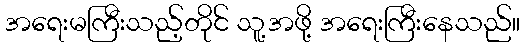
အရေးမကြီးသည့်တိုင် သူ့အဖို့ အရေးကြီးနေသည်။